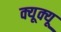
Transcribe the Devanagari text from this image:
क्यूक्यू